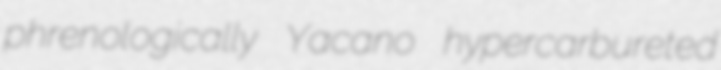
phrenologically Yacano hypercarbureted